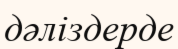
дәліздерде